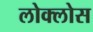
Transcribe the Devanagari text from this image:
लोक्लोस